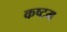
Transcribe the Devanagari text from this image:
कष्टम